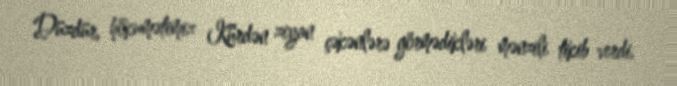
Düzdür, hökumətimiz Kürdən ziyan çəkənlərə görmədikləri mənzili tikib verdi,